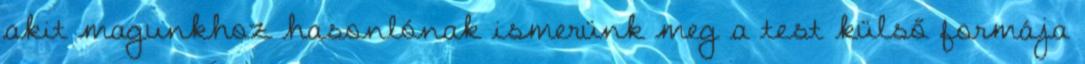
akit magunkhoz hasonlónak ismerünk meg a test külső formája